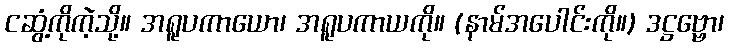
ငဆွံ့ကိုကဲ့သို့။ အရူပကာယော၊ အရူပကာယကို။ (နာမ်အပေါင်းကို။) ဒဋ္ဌဗ္ဗော၊